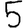
Digit: 5